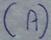
Text: (A)